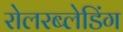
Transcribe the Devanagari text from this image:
रोलरब्लेडिंग